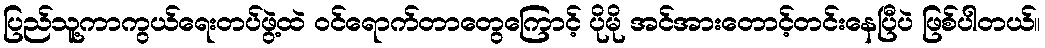
ပြည်သူ့ကာကွယ်ရေးတပ်ဖွဲ့ထဲ ဝင်ရောက်တာတွေကြောင့် ပိုမို အင်အားတောင့်တင်းနေပြီပဲ ဖြစ်ပါတယ်။